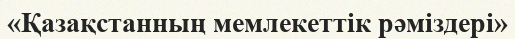
«Қазақстанның мемлекеттік рәміздері»